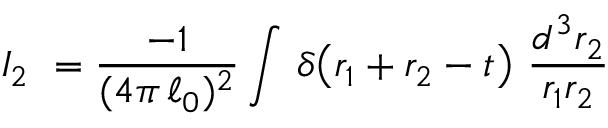
I _ { 2 } \ = \frac { - 1 } { ( 4 \pi \, { \ell _ { 0 } } ) ^ { 2 } } \int \, \delta \! \left( r _ { 1 } + r _ { 2 } - t \right) \, \frac { d ^ { 3 } r _ { 2 } } { r _ { 1 } r _ { 2 } }